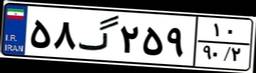
۵۸گ۲۵۹۱۰